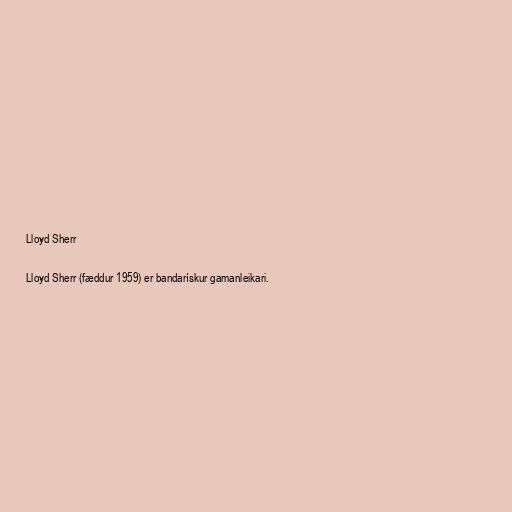
Lloyd Sherr

Lloyd Sherr (fæddur 1959) er bandarískur gamanleikari.